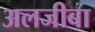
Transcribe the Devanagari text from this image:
अलजीबा